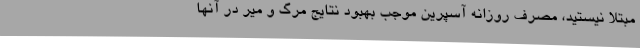
مبتلا نیستید، مصرف روزانه آسپرین موجب بهبود نتایج مرگ و میر در آنها